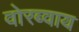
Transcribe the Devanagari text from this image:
वोरब्वाय